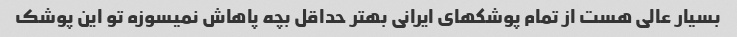
بسیار عالی هست از تمام پوشکهای ایرانی بهتر حداقل بچه پاهاش نمیسوزه تو این پوشک